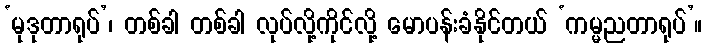
‘မုဒုတာရုပ်’၊ တစ်ခါ တစ်ခါ လုပ်လို့ကိုင်လို့ မောပန်းခံနိုင်တယ် ‘ကမ္မညတာရုပ်’။